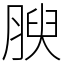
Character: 腴